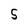
Character: S